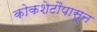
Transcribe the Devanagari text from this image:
कोकशेटौपासून